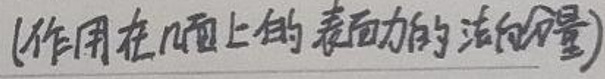
(作用在几面上的表面力的法向分量)